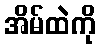
အိမ်ထဲကို